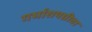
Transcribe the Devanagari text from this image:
गर्भाशयग्रीवा